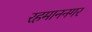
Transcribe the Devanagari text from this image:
रहमाननगर